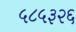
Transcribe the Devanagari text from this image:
५८५३२६